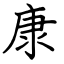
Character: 康